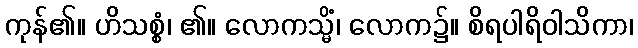
ကုန်၏။ ဟိသစ္စံ၊ ၏။ လောကသ္မိံ၊ လောက၌။ စိရပါရိဝါသိကာ၊